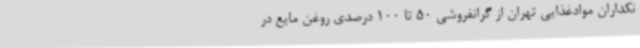
نکداران موادغذایی تهران از گرانفروشی 50 تا 100 درصدی روغن مایع در